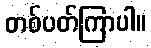
တစ်ပတ်ကြာပါ။